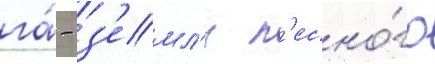
га́ - з'емл'и л'есно́го